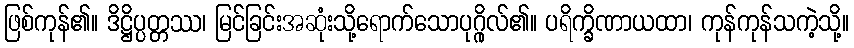
ဖြစ်ကုန်၏။ ဒိဋ္ဌိပ္ပတ္တဿ၊ မြင်ခြင်းအဆုံးသို့ရောက်သောပုဂ္ဂိုလ်၏။ ပရိက္ခိဏာယထာ၊ ကုန်ကုန်သကဲ့သို့။